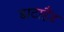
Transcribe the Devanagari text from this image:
डाटाहैंड